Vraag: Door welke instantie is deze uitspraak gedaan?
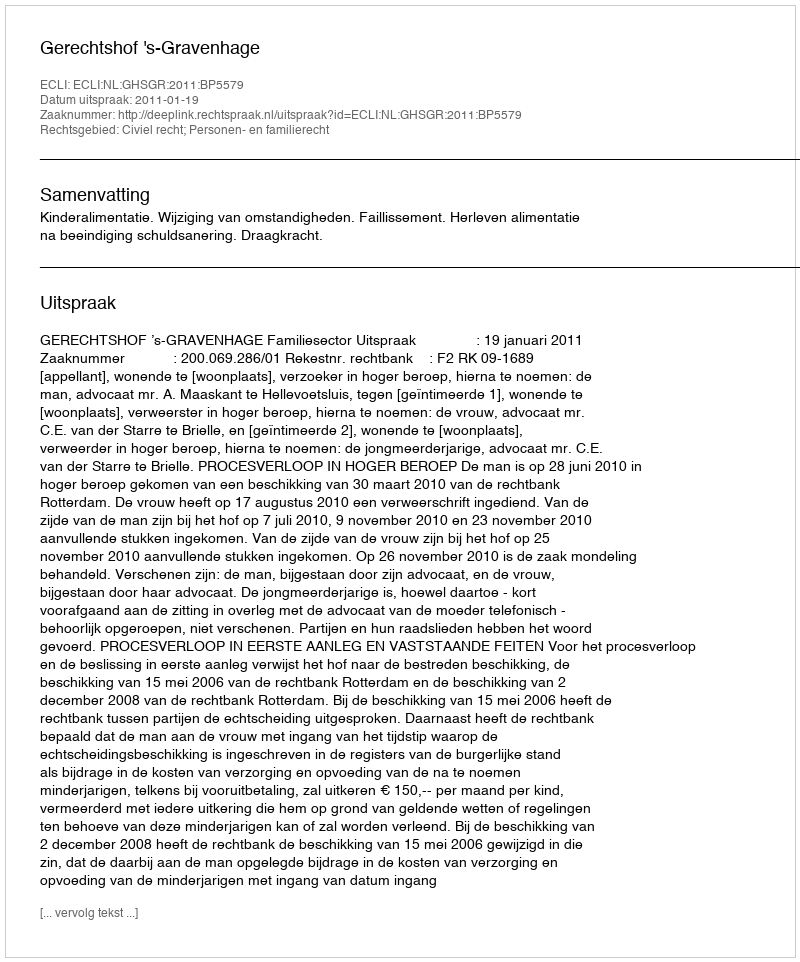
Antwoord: Gerechtshof 's-Gravenhage